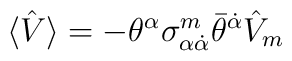
\langle \hat{V} \rangle = -\theta^{\alpha}\sigma^{m}_{\alpha\dot{\alpha}}\bar{\theta}^{\dot{\alpha}}\hat{V}_{m}